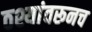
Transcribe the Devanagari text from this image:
ठश्यांवरूनच